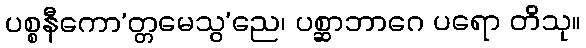
ပစ္စနီကော’တ္တမေသွ’ညေ၊ ပစ္ဆာဘာဂေ ပရော တိသု။